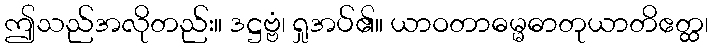
ဤသည်အလိုတည်း။ ဒဋ္ဌဗ္ဗံ၊ ရှုအပ်၏။ ယာဝတာဓမ္မဓာတုယာတိဧတ္ထ၊